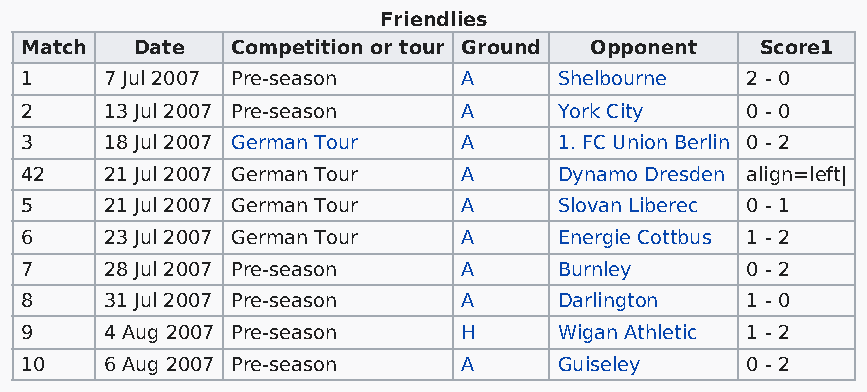
Friendlies
 Match   Date  Competition or tour Ground Opponent Score1
 1     7 Jul 2007 Pre-season   A     Shelbourne  2 - 0
 2     13 Jul 2007 Pre-season  A     York City   0 - 0
 3     18 Jul 2007 German Tour A     1. FC Union Berlin 0 - 2
 42    21 Jul 2007 German Tour A     Dynamo Dresden align=left|
 5     21 Jul 2007 German Tour A     Slovan Liberec 0 - 1
 6     23 Jul 2007 German Tour A     Energie Cottbus 1 - 2
 7     28 Jul 2007 Pre-season  A     Burnley     0 - 2
 8     31 Jul 2007 Pre-season  A     Darlington  1 - 0
 9     4 Aug 2007 Pre-season   H     Wigan Athletic 1 - 2
 10    6 Aug 2007 Pre-season   A     Guiseley    0 - 2